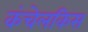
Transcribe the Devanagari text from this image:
कंचेलकिस